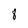
Character: 8